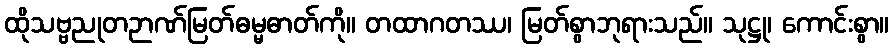
ထိုသဗ္ဗညုတဉာဏ်မြတ်ဓမ္မဓာတ်ကို။ တထာဂတဿ၊ မြတ်စွာဘုရားသည်။ သုဋ္ဌု၊ ကောင်းစွာ။